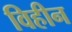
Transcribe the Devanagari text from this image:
विहीन